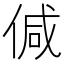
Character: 𠊭